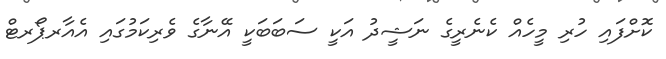
ކޮށްފައި ހުރި މީހެއް ކެނެރީގެ ނަޝީދު އަކީ ސަބަބަކީ އޭނާގެ ވެރިކަމުގައި އެއާރޕޯރޓް